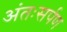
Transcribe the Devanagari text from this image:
अंतःसर्पण